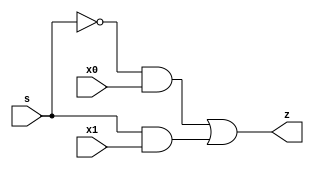
module  mux2to1(output z,input s,input x0,x1);
    wire s_,o1,o2;
    not(s_,s);
    and(o1,s_,x0);
    and(o2,s,x1);
    or(z,o1,o2);
endmodule